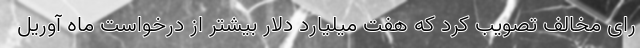
رای مخالف تصویب کرد که هفت میلیارد دلار بیشتر از درخواست ماه آوریل